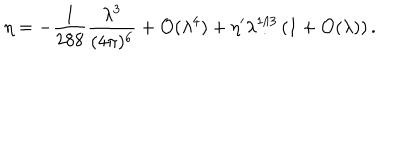
LaTeX: \eta = - { \frac { 1 } { 2 8 8 } } { \frac { \lambda ^ { 3 } } { ( 4 \pi ) ^ { 6 } } } + { \cal O } ( \lambda ^ { 4 } ) + \eta ^ { \prime } \lambda ^ { 1 / 3 } \left( 1 + { \cal O } ( \lambda ) \right) .